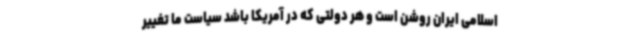
اسلامی ایران روشن است و هر دولتی که در آمریکا باشد سیاست ما تغییر